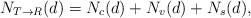
\begin{align*}N_{T\to R}(d)=N_{c}(d)+N_{v}(d)+N_{s}(d),\end{align*}